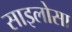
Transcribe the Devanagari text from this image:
साइलोसा